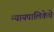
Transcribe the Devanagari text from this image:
न्यायपालिकेचे